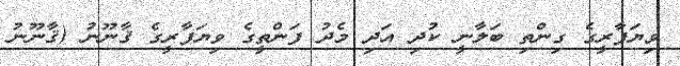
ވިޔަފާރީގެ ގިންތި ބަލާނީ ކުދި އަދި މެދު ފަންތީގެ ވިޔަފާރީގެ ޤާނޫނު (ޤާނޫނު